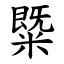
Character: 䊠